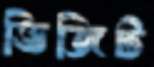
ভিজিট